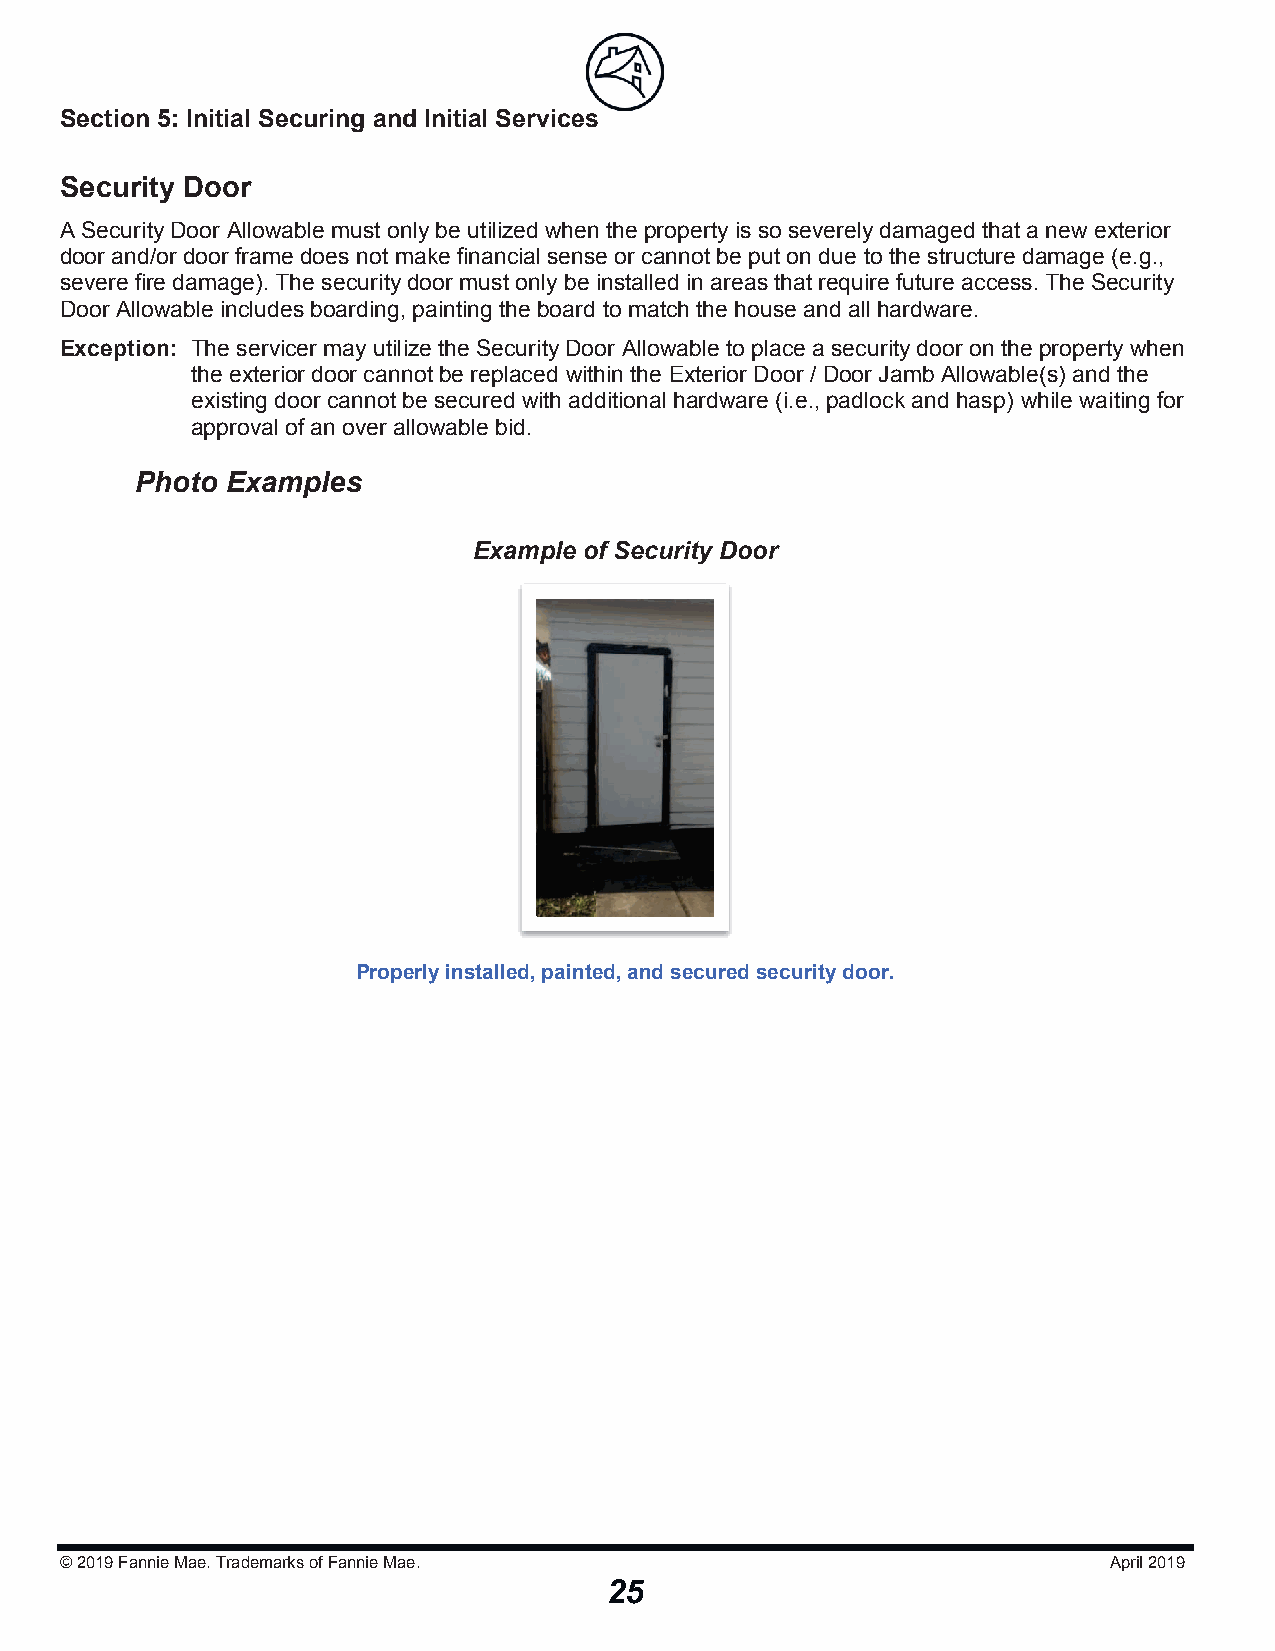
Section 5: Initial Securing and Initial Serviicceess
 Security Door
 A Security Door Allowable must only be utilized when the property is so severely damaged that a new exterior
 door and/or door frame does not make financial sense or cannot be put on due to the structure damage (e.g.,
 severe fire damage). The security door must only be installed in areas that require future access. The Security
 Door Allowable includes boarding, painting the board to match the house and all hardware.
 Exception: The servicer may utilize the Security Door Allowable to place a security door on the property when
 the exterior door cannot be replaced within the Exterior Door / Door Jamb Allowable(s) and the
 existing door cannot be secured with additional hardware (i.e., padlock and hasp) while waiting for
 approval of an over allowable bid.
 Photo Examples
 Example of Security Door
 Properly installed, painted, and secured security door.
 © 2019Fannie Mae. Trademarks of Fannie Mae.                          April 2019
 25